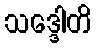
သဒ္ဒေါတိ